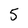
Character: 5